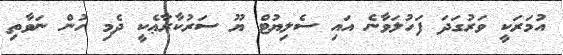
އުމަރަކީ ވަރުގަދަ ފަހުލަވާނެ އައި ސެލިޔުޓް ޔޫ ސަރުކާރާޢެކީ ދެމި ހުން ނަވާތި